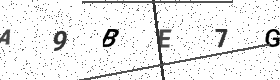
Text: A9BE7G